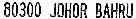
80300 JOHOR BAHRU